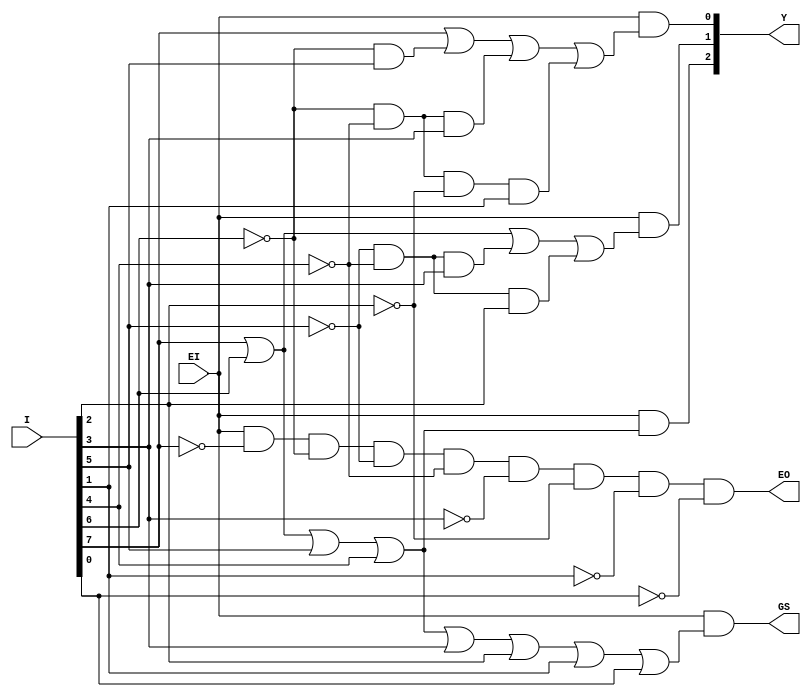
`timescale 1ns/1ns
module encoder_83(
   input      [7:0]       I   ,
   input                  EI  ,
   
   output wire [2:0]      Y   ,
   output wire            GS  ,
   output wire            EO    
);
assign Y[2] = EI & (I[7] | I[6] | I[5] | I[4]);
assign Y[1] = EI & (I[7] | I[6] | ~I[5]&~I[4]&I[3] | ~I[5]&~I[4]&I[2]);
assign Y[0] = EI & (I[7] | ~I[6]&I[5] | ~I[6]&~I[4]&I[3] | ~I[6]&~I[4]&~I[2]&I[1]);

assign EO = EI&~I[7]&~I[6]&~I[5]&~I[4]&~I[3]&~I[2]&~I[1]&~I[0];

assign GS = EI&(I[7] | I[6] | I[5] | I[4] | I[3] | I[2] | I[1] | I[0]);
//assign GS = EI&(| I);
         
endmodule

module encoder_164(
   input      [15:0]      A   ,
   input                  EI  ,
   
   output wire [3:0]      L   ,
   output wire            GS  ,
   output wire            EO    
);
    wire [2:0]out_high_83,out_low_83;
    wire E_h, GS_h, GS_l, EO_h, EO_l;
    assign E_h = (|A[15:8])&EI;
    encoder_83 high(
        .I(A[15:8]),
        .EI(EI),
        .Y(out_high_83),
        .GS(GS_h),
        .EO(EO_h)

    );
    encoder_83 low(
        .I(A[7:0]),
        .EI(EI),
        .Y(out_low_83),
        .GS(GS_l),
        .EO(EO_l)

    );
    assign L[3] = E_h;
    assign L[2:0] = (E_h) ? out_high_83 : out_low_83;
    assign GS = (E_h) ? GS_h : GS_l;
    assign EO = EO_h&EO_l;
endmodule